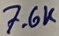
Text: 7.6K